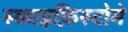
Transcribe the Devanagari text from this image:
स्काइफ़िस्टोमे